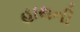
હાથની